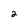
Character: 2